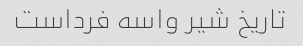
تاریخ شیر واسه فرداست